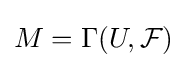
M=\Gamma (U,{\mathcal {F}})